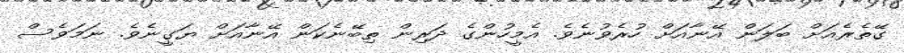
ގޭތެރެއަށް ބަލަން އޭނާއަށް ހުރެވުނެވެ. އެމީހުންގެ ދަރިން ތިބޭނެކަން އޭނާއަށް ޔަގީނެވެ. ނަމަވެސް